Report on vaccination in Madras 1904-1921 - 1904-1921
Year: 1904
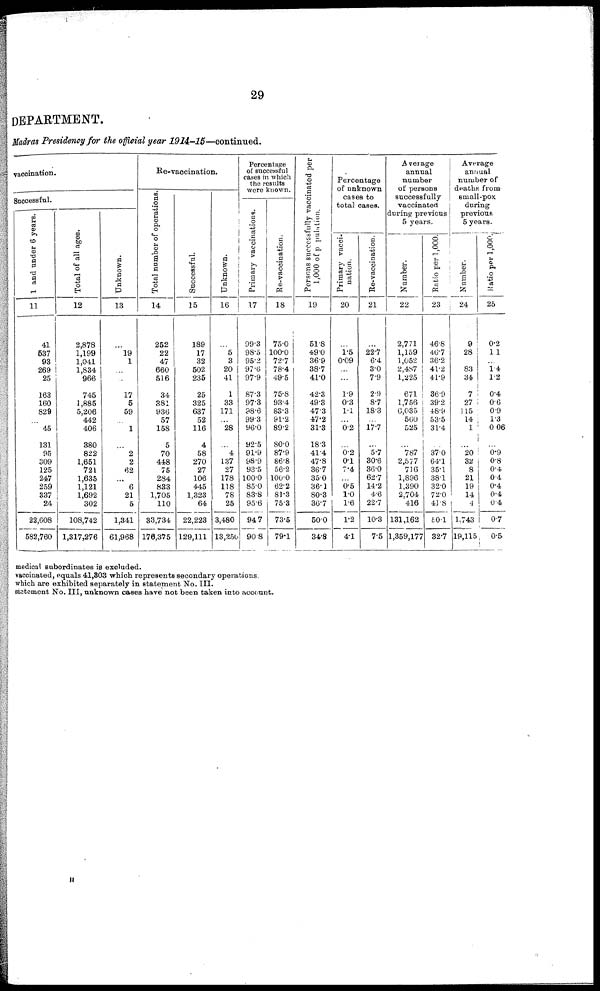
29
DEPARTMENT.
Madras Presidency for the official year 1914-15—continued.
vaccination.
Successful.
1 and under 6 years.
11
41
537
93
269
25
163
160
829
...
45
131
95
309
125
247
259
337
24
22,608
582,760
Total of all ages.
12
2,878
1,199
1,041
1,834
966
745
1,885
5,206
442
406
380
822
1,651
721
1,635
1,121
1,692
302
108,742
1,317,276
Unknown.
13
...
19
1
...
...
17
5
59
...
1
...
2
2
62
...
6
21
5
1,341
61,968
Re-vaccination.
Total number of operations
14
252
22
47
660
516
34
381
936
57
158
5
70
448
75
284
833
1,705
110
33,734
176,375
Successful.
15
189
17
32
502
235
25
325
637
52
116
4
58
270
27
106
445
1,323
64
22,223
129,111
Unknown.
16
...
5
3
20
41
1
33
171
...
28
...
4
137
27
178
118
78
25
3,480
13,250
Percentage
of successful
cases in which
the results
were known.
Primary vaccinations.
17
99.3
98.5
95.2
97.6
97.9
87.3
97.3
98.6
99.3
96.0
92.5
91.9
98.9
93.5
100.0
85.0
83.8
95.6
94.7
90.8
Re-vaccination.
18
75.0
100.0
72.7
78.4
49.5
75.8
93.4
83.3
91.2
89.2
80.0
87.9
86.8
56.2
100.0
62.2
81.3
75.3
73.5
79.1
Persons successfully vaccinated per
1,000 of population.
19
51.8
49.0
36.9
38.7
41.0
42.3
49.3
47.3
47.2
31.3
18.3
41.4
47.8
36.7
35.0
36.1
80.3
36.7
50.0
34.8
Percentage
of unknown
cases to
total cases.
Primary vacci-
nation.
20
...
1.5
0.09
...
...
1.9
0.3
1.1
...
0.2
...
0.2
0.1
7.4
...
0.5
1.0
1.6
1.2
4.1
Re-vaccination.
21
...
22.7
6.4
3.0
7.9
2.9
8.7
18.3
...
17.7
...
5.7
30.6
36.0
62.7
14.2
4.6
22.7
10.3
7.5
Average
annual
number
of persons
successfully
vaccinated
during previous
5 years.
Number.
22
2,771
1,159
1,052
2,487
1,225
671
1,756
6,035
560
525
...
787
2,577
716
1,896
1,390
2,704
416
131,162
1,359,177
Ratio per 1,000.
23
46.8
46.7
36.2
41.2
41.9
36.9
39.2
48.9
53.5
31.4
...
37.0
64.1
35.1
38.1
32.0
72.0
41.8
50.1
32.7
Average
annual
number of
deaths from
small-pox
during
previous
5 years.
Number.
24
9
28
...
83
34
7
27
115
14
1
...
20
32
8
21
19
14
4
1,743
19,115
Ratio per 1,000.
25
0.2
11
...
1.4
1.2
0.4
0.6
0.9
1.3
0.06
...
0.9
0.8
0.4
0.4
0.4
0.4
0.4
0.7
0.5
medical subordinates is excluded.
vaccinated, equals 41,303 which represents secondary operations.
which are exhibited separately in statement No. III.
statement No. III, unknown cases have not been taken into account.
H